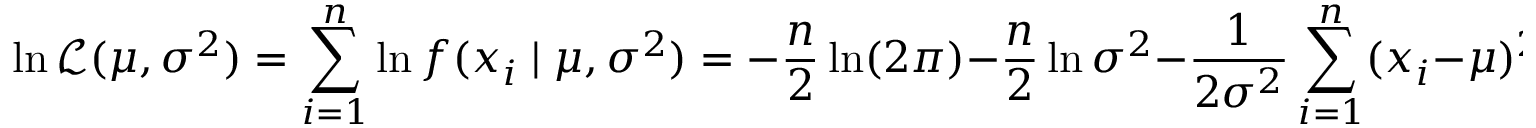
\ln { \mathcal { L } } ( \mu , \sigma ^ { 2 } ) = \sum _ { i = 1 } ^ { n } \ln f ( x _ { i } \mid \mu , \sigma ^ { 2 } ) = - { \frac { n } { 2 } } \ln ( 2 \pi ) - { \frac { n } { 2 } } \ln \sigma ^ { 2 } - { \frac { 1 } { 2 \sigma ^ { 2 } } } \sum _ { i = 1 } ^ { n } ( x _ { i } - \mu ) ^ { 2 } .